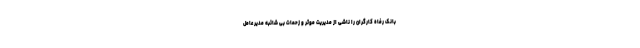
بانک رفاه کارگران را ناشی از مدیریت موثر و زحمات بی شائبه مدیر عامل